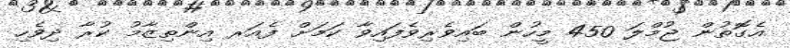
އެގޮތުން ޖުމްލަ 450 މީހުން ބައިވެރިވެފައިވާ ކަމަށް ފެއަރ އިންތިޒާމު ކުރާ ދިވެހި